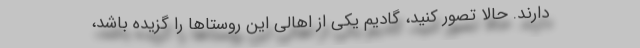
دارند. حالا تصور کنید،‌ گادیم یکی از اهالی این روستاها را گزیده باشد،